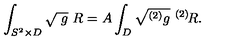
\int _ { S ^ { 2 } \times D } \sqrt { \ g } \ R = A \int _ { D } \sqrt { ^ { ( 2 ) } g } \ ^ { ( 2 ) } \! R .